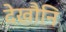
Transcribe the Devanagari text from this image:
देखौनि